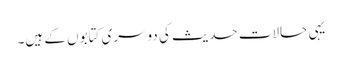
یہی حالات حدیث کی دوسری کتابوں کے ہیں۔